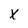
Character: X